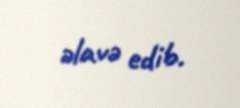
əlavə edib.